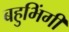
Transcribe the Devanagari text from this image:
बहुभिंगी